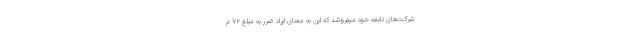
شرکت‌های تابعه خود میفروشد که این به معنای ایراد ضرر به مبلغ ۷۲ م